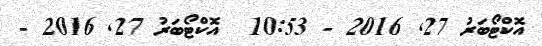
އޮކްޓޯބަރު 27